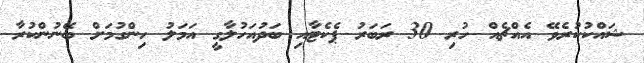
ޝައްކުކުރެވޭ އެއްޗެއް ހުރި 30 ރަބަރު ޕެކެޓާއި ބަދުއަހުލާގީ އަމަލު ހިންގުމަށް ބޭނުންކުރާ